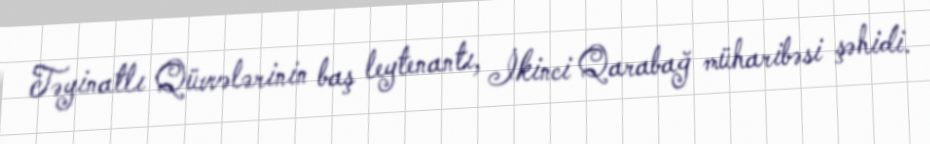
Təyinatlı Qüvvələrinin baş leytenantı, İkinci Qarabağ müharibəsi şəhidi.